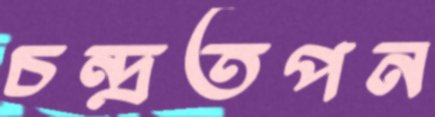
চন্দ্রতপন